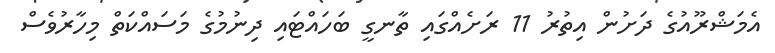
އެމަޝްރޫއުގެ ދަށުން އިތުރު 11 ރަށެއްގައި ތާނގީ ބަހައްޓައި ދިނުމުގެ މަސައްކަތް މިހާރުވެސް